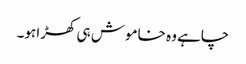
چاہے وہ خاموش ہی کھڑا ہو۔